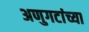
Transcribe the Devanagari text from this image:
अणुगटांच्या